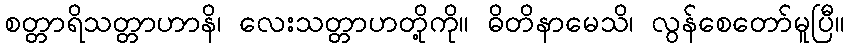
စတ္တာရိသတ္တာဟာနိ၊ လေးသတ္တာဟတို့ကို။ ဓိတိနာမေသိ၊ လွန်စေတော်မူပြီ။